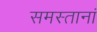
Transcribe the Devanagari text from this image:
समस्तानां